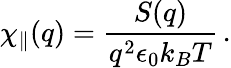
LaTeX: \chi_{\parallel}(q)=\frac{S(q)}{q^{2}\epsilon_{0}k_{B}T}\, .